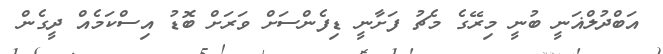
އަބްދުލްޣަނީ ބުނީ މިރޭގެ މެޗު ފަށާނީ ޑިފެންސަށް ވަރަށް ބޮޑު އިސްކަމެއް ދީގެން